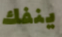
ينفك